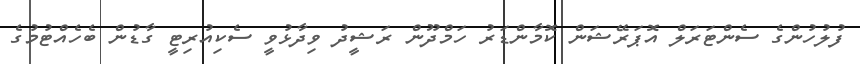
ފުލުހުންގެ ސެންޓަރަލް އޮޕަރޭޝަން ކޮމާންޑަރު ހަމްދޫން ރަޝީދު ވިދާޅުވީ ސެކިއުރިޓީ ގާޑުން ބެހެއްޓުމުގެ